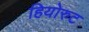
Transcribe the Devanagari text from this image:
हियोरुट